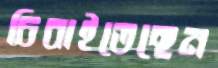
চিবাইতেছেন